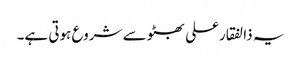
یہ ذالفقارعلی بھٹو سے شروع ہوتی ہے۔